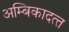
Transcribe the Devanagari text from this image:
अम्बिकादत्‍त